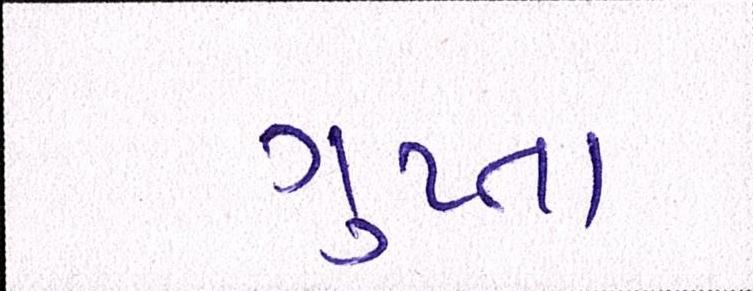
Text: ગુપ્તા